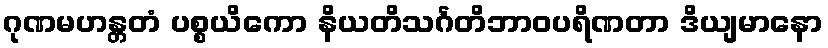
ဂုဏမဟန္တတံ ပစ္စယိကော နိယတိသင်္ဂတိဘာဝပရိဏတာ ဒိယျမာနော